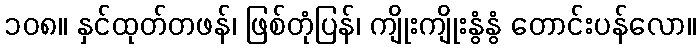
၁၀၈။ နှင်ထုတ်တဖန်၊ ဖြစ်တုံပြန်၊ ကျိုးကျိုးနွံနွံ တောင်းပန်လော။